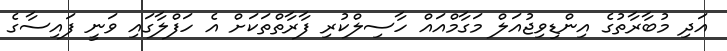
އަދި މުބާރާތުގެ އިންޑިވިޖުއަލް މަގާމްއައް ހާސިލްކުރި ފާރާތްތަކަށް އެ ހަފްލާގައި ވަނީ ފައިސާގެ